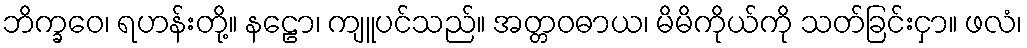
ဘိက္ခဝေ၊ ရဟန်းတို့။ နဠော၊ ကျူပင်သည်။ အတ္တဝဓာယ၊ မိမိကိုယ်ကို သတ်ခြင်းငှာ။ ဖလံ၊